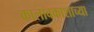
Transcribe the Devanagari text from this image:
कालावकाशाच्या